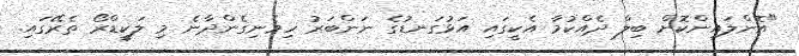
"އޮންލައިންކޮށް ބިލް ދެއްކުމާ އެކީގައި އަޅުގަނޑުގެ ނަންބަރު ހިމެނިގެންދާނެ މި ލަކީޑްރޯ ތެރޭގައި.